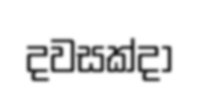
දවසක්දා